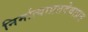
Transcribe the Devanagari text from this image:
निर्मात्याप्रतदेवाप्रत